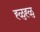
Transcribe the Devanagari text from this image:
ह्ळुह्ळु